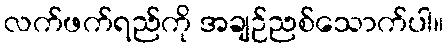
လက်ဖက်ရည်ကို အချဉ်ညစ်သောက်ပါ။